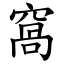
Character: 窩